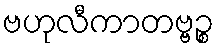
ဗဟုလီကာတဗ္ဗဉ္စ